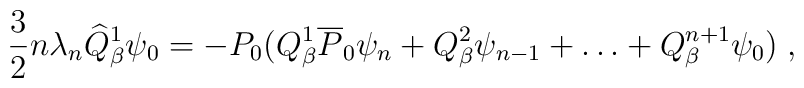
\frac{3}{2}n\lambda_n\widehat{Q}_\beta^1\psi_0=-P_0\bigl(Q_\beta^1\overline{P}_0\psi_n+Q_\beta^2\psi_{n-1}+\ldots+Q_\beta^{n+1}\psi_0\bigr)\;,\nonumber